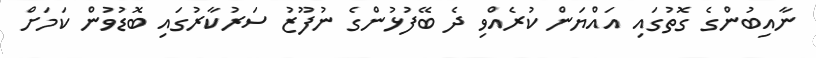
ނާއިބުންގެ ގޮތުގައި އައްޔަން ކުރެއްވި ދެ ބޭފުޅުންގެ ނުފޫޒު ސަރުކާރުގައި ބޮޑުވުން ކަމަށް